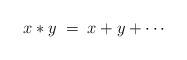
LaTeX: \begin{align*}x*y\;=\; x+y+\cdots\end{align*}